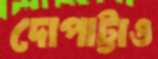
দোপাট্টাও